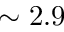
\sim 2 . 9